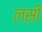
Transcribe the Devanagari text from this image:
लसीं